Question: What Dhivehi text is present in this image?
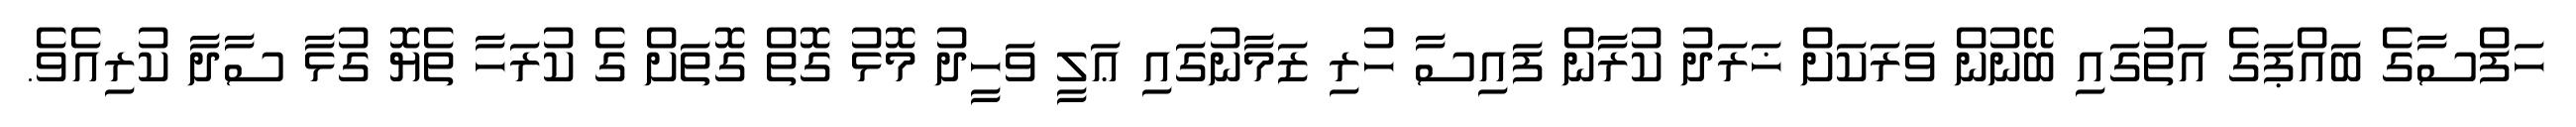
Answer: ހަފްސާގެ ބައްޕަގެ އަތުގައި ބޭނުން ވަރަކަށް ޚަރަދު ކުރާން ފައިސާ ހުރި ޒަމާނުގައި ޢަލީ ވަހީދު މޮޅު ގޮތް ގޮތަށް ގެ ކުރަހާ ތެޔޮ ގުޅާ ސާދާ ކުރިއެވެ.